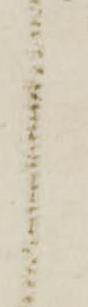
し